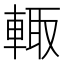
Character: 輙